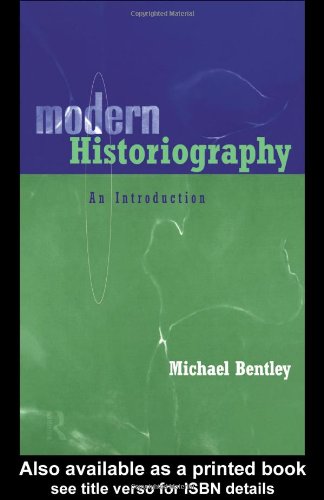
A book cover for Modern Historiography: An Introduction; Michael Bentley; History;